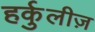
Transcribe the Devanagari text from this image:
हर्कुलीज़